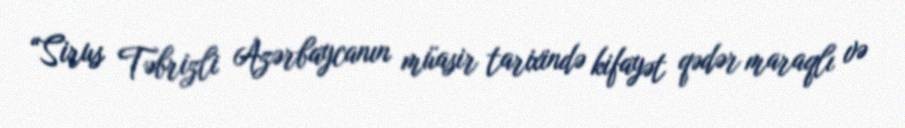
“Sirus Təbrizli Azərbaycanın müasir tarixində kifayət qədər maraqlı və